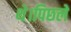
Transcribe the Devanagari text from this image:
थे।पिछले